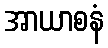
အာယာစနံ